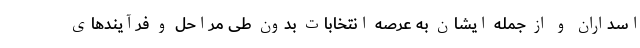
اسداران و از جمله ایشان به عرصه انتخابات بدون طی مراحل و فرآیندهای